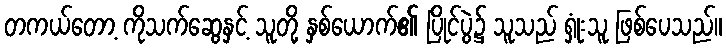
တကယ်တော့ ကိုသက်ဆွေနှင့် သူတို့ နှစ်ယောက်၏ ပြိုင်ပွဲ၌ သူသည် ရှုံးသူ ဖြစ်ပေသည်။